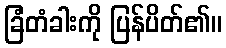
ခြံတံခါးကို ပြန်ပိတ်၏။